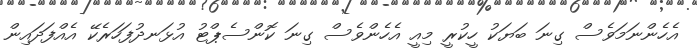
އެހެންނަމަވެސް ގިނަ ބަޔަކު ހީކުރީ މިއީ އެހެންވެސް ގިނަ ކޮންސެޕްޓު އުޅަނދުފަހަރެކޭ އެއްފަދައިން